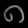
Digit: ၈